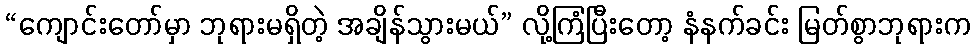
“ကျောင်းတော်မှာ ဘုရားမရှိတဲ့ အချိန်သွားမယ်” လို့ကြံပြီးတော့ နံနက်ခင်း မြတ်စွာဘုရားက